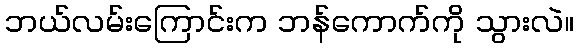
ဘယ်လမ်းကြောင်းက ဘန်ကောက်ကို သွားလဲ။